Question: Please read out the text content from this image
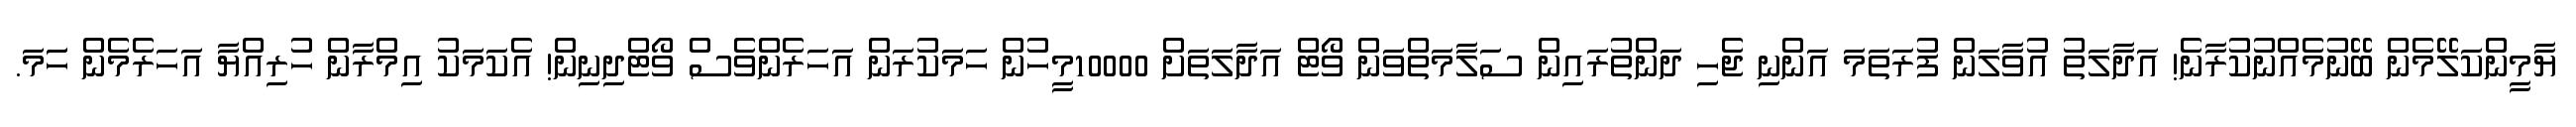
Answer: ޔާމީންކަލޭމެން ބޭނުމެއްނުކުރާނެ! އަދާލަތު އުވާލަން ފުރަތަމަ އަންނި ޖެހި ދަންތުރައިން ސަލާމަތްވަން ވޯޓް އަދާލަތަށް 10000މީހުން ހަމަކުރަން އަހަރެންވެސް ވޯޓްދިނިން! އެކަމަކު އިމްރާން ހުރިއްޔާ އަހަރެމެން ހަަމަ.